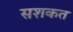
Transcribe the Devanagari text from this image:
सशकत